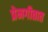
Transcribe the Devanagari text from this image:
प्रेमगीतात